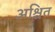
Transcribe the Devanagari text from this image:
अश्चित